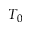
T _ { 0 }